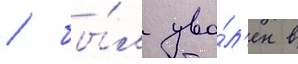
/ бы́л уво́л'ен в